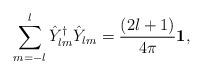
LaTeX: \begin{align*}\sum_{m=-l}^{l}\hat{Y}^\dag_{lm}\hat{Y}_{lm}={(2l+1)\over 4\pi}{\bf 1},\end{align*}